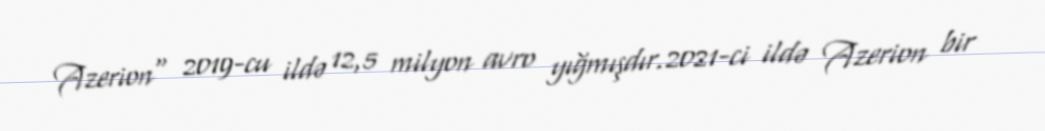
Azerion" 2019-cu ildə 12,5 milyon avro yığmışdır.2021-ci ildə Azerion bir